Report on malaria in the Punjab during the year ...  together with an account of the work of the Punjab Malaria Bureau - Volume 3
Disease focus: Malaria
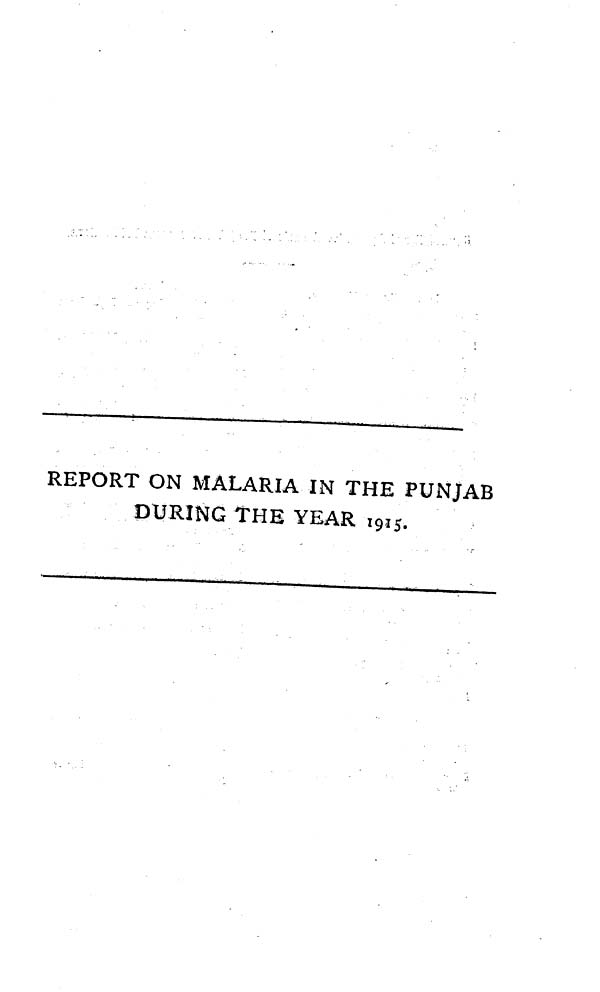
REPORT ON MALARIA IN THE PUNJAB
DURING THE YEAR 1915.